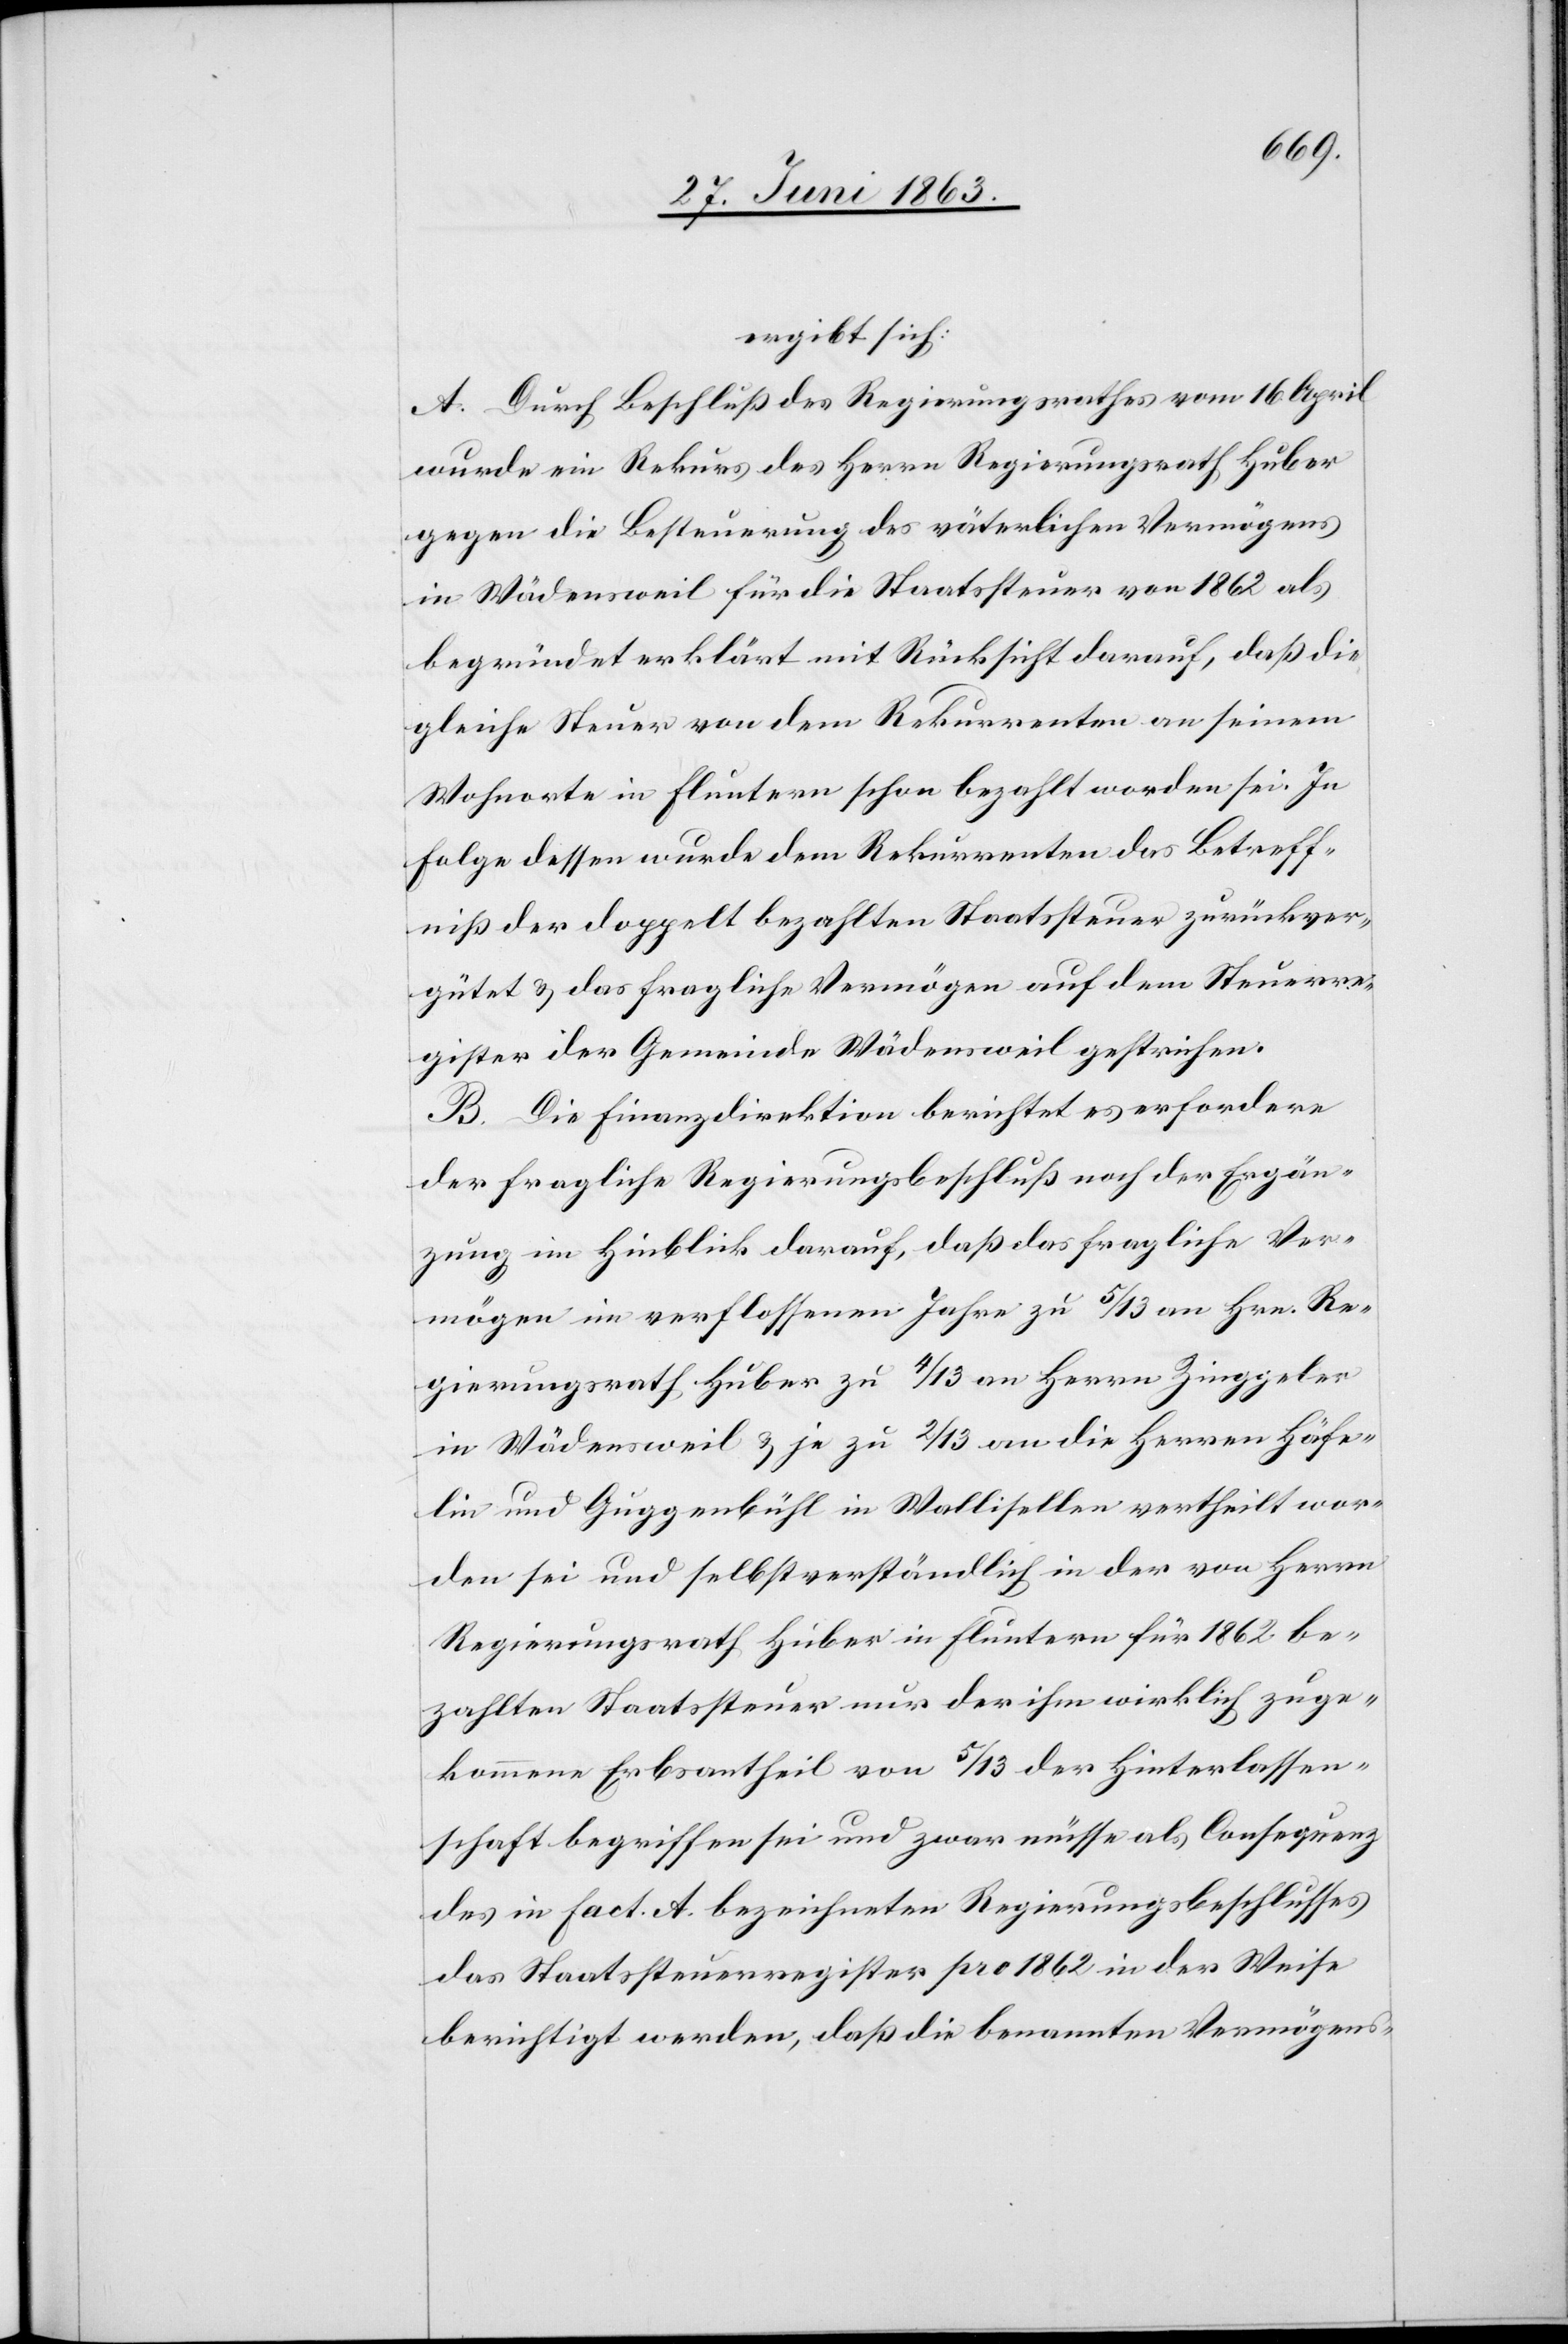
ergibt sich:
A. Durch Beschluß des Regierungsrathes vom 16. April
wurde ein Rekurs des Herrn Regierungsrath Huber
gegen die Besteuerung des väterlichen Vermögens
in Wädensweil für die Staatssteuer von 1862 als
begründet erklärt mit Rücksicht darauf, daß die
gleiche Steuer von dem Rekurrenten an seinem
Wohnorte in Fluntern schon gezahlt worden sei. In
Folge dessen wurde dem Rekurrenten das Betreff¬
niß der doppelt bezahlten Staatssteuer zurückver¬
gütet & das fragliche Vermögen auf dem Steuerre¬
gister der Gemeinde Wädensweil gestrichen.
B. Die Finanzdirektion berichtet es erfordere
der fragliche Regierungsbeschluß noch der Ergän¬
zung im Hinblick darauf, daß das fragliche Ver¬
mögen im verflossenen Jahre zu 5/13 an Hrn. Re¬
gierungsrath Huber zu 4/13 an Herrn Zinggeler
in Wädensweil & je zu 2/13 an die Herren Häfe¬
lin und Guggenbühl in Wallisellen vertheilt wor¬
den sei und selbstverständlich in der von Herrn
Regierungsrath Huber in Fluntern für 1862 be¬
zahlten Staatssteuer nur der ihm wirklich zuge¬
kommene Erbsantheil von 5/13 der Hinterlassen¬
schaft begriffen sei und zwar müsse als Consequenz
des in fact. A. bezeichneten Regierungsbeschlusses
das Staatssteuerregister pro 1862 in der Weise
berichtigt werden, daß die benannten Vermögens-